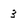
Character: 3